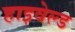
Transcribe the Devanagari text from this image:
हाइवेल्ड